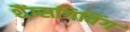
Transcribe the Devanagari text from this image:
थैंग्सगिविंग